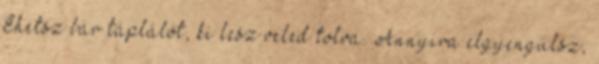
Ehetsz bár táplálót, ki lesz veled tolva. Annyira elgyengülsz,